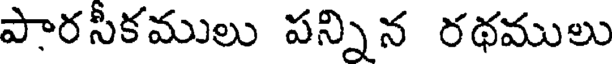
పారసీకములు పన్నిన రథములు